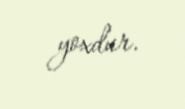
yoxdur.